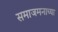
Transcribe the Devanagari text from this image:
समाजमनाच्या